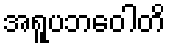
အရူပဘဝေါတိ